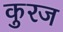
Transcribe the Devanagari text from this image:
कुरज